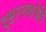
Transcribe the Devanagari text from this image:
दृष्टान्तशतेहि